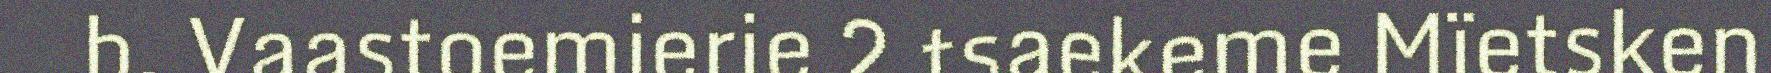
b. Vaastoemierie 2.tsaekeme Mïetsken